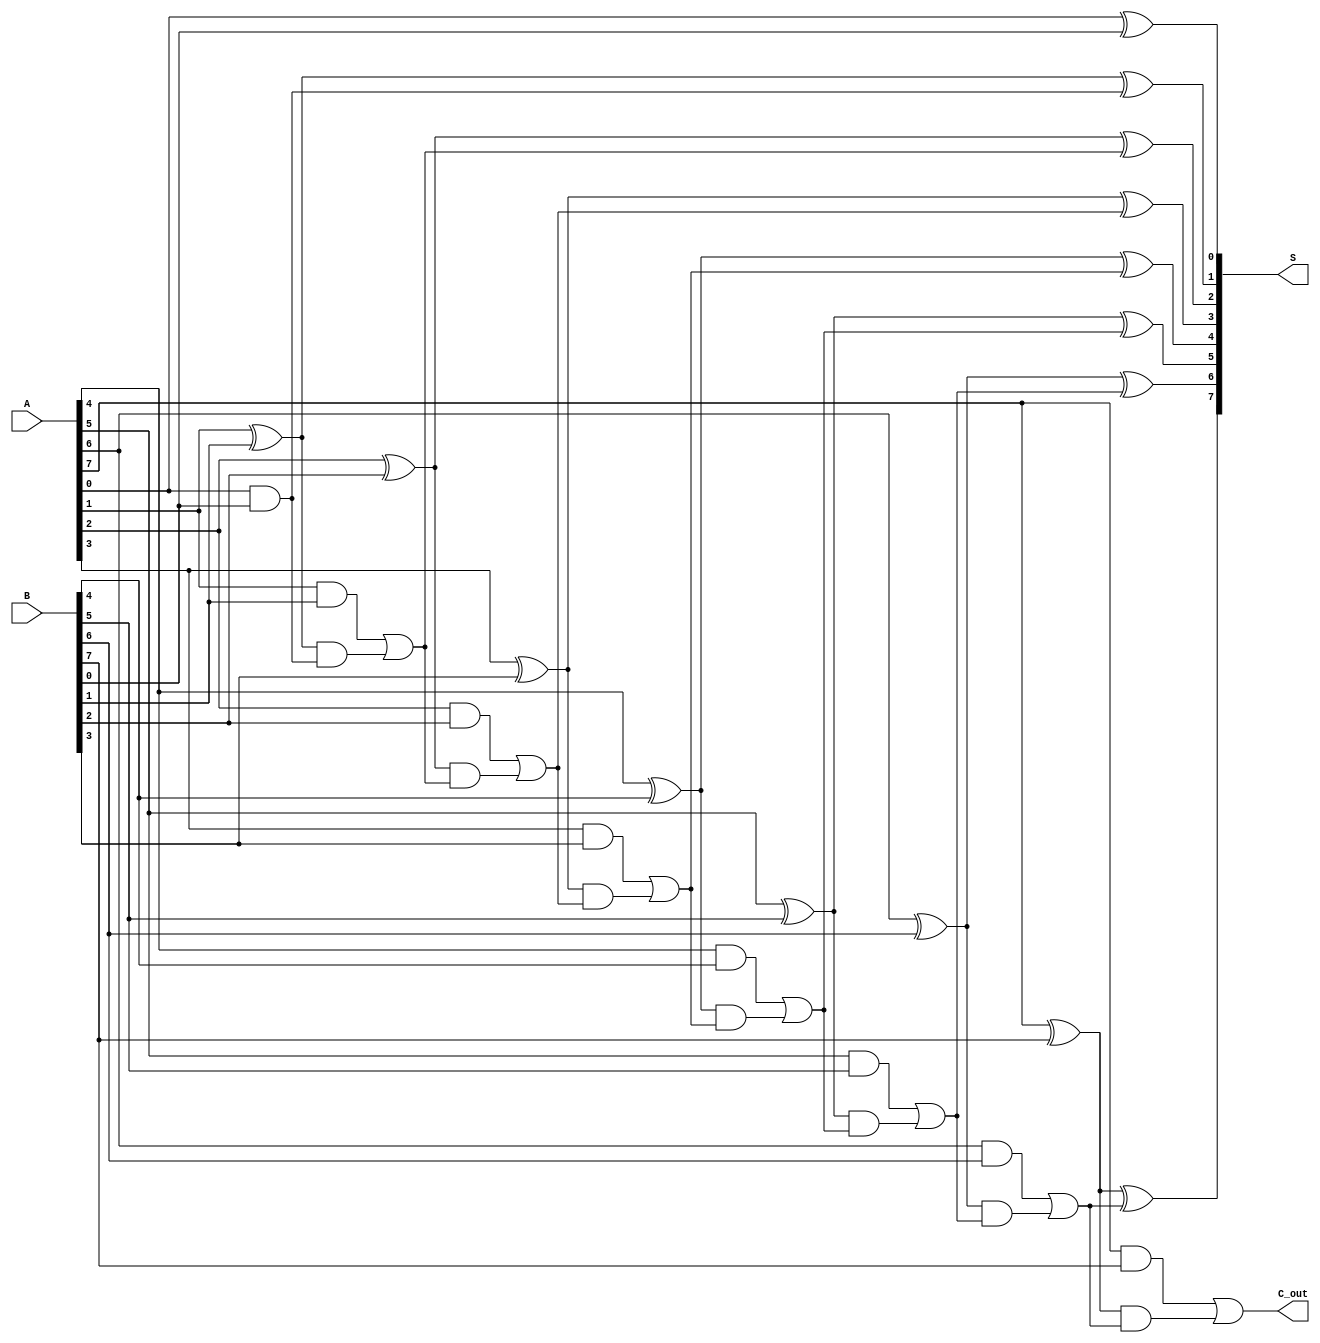
module brent_kung_adder #(parameter n = 8) (
    input  [n-1:0] A, 
    input  [n-1:0] B,
    output [n-1:0] S,
    output C_out
);

    // Intermediate signals for propagate and generate
    wire [n-1:0] P; // Propagate
    wire [n-1:0] G; // Generate
    wire [n:0] C;   // Carry signals

    // Preprocessing stage: Calculate P and G
    genvar i;
    generate
        for (i = 0; i < n; i = i + 1) begin : pg_gen
            assign P[i] = A[i] ^ B[i]; // Propagate
            assign G[i] = A[i] & B[i]; // Generate
        end
    endgenerate

    // Carry generation using Brent-Kung structure
    assign C[0] = 1'b0; // No carry-in for the least significant bit
    assign C[1] = G[0]; // C[1] = G[0]

    // Stage 1
    generate
        for (i = 1; i < n; i = i + 1) begin : stage1
            assign C[i + 1] = G[i] | (P[i] & C[i]);
        end
    endgenerate

    // Stage 2 and beyond (logarithmic depth)
    // This example implements a simple 2-stage structure for clarity.
    // For larger n, you would need to expand this to include more stages.
    wire [n:0] C_temp;
    assign C_temp[0] = C[0];
    assign C_temp[1] = C[1];
    generate
        for (i = 2; i < n; i = i + 2) begin : stage2
            assign C_temp[i] = C[i];
            assign C_temp[i + 1] = G[i - 1] | (P[i - 1] & C[i]);
        end
    endgenerate

    // Final carry-out
    assign C_out = C[n];

    // Sum calculation
    generate
        for (i = 0; i < n; i = i + 1) begin : sum_gen
            assign S[i] = P[i] ^ C[i];
        end
    endgenerate

endmodule